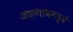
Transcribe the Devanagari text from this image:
जळगांवमध्ये